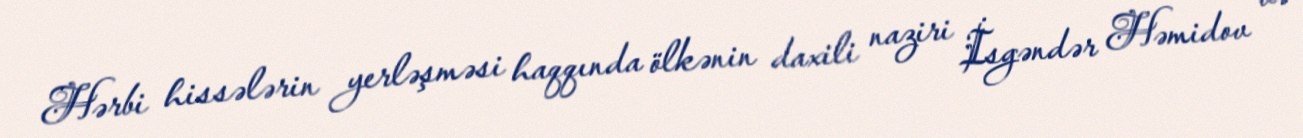
Hərbi hissələrin yerləşməsi haqqında ölkənin daxili naziri İsgəndər Həmidov və